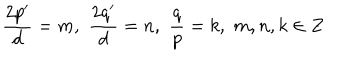
LaTeX: \frac { 2 p ^ { \prime } } { d } = m , \, \, \frac { 2 q ^ { \prime } } { d } = n , \, \, \frac { q } { p } = k , \, \, m , n , k \in Z